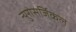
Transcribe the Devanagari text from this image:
न्युरोसर्जिकल